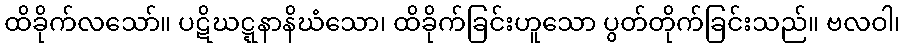
ထိခိုက်လသော်။ ပဋိဃဋ္ဋနာနိဃံသော၊ ထိခိုက်ခြင်းဟူသော ပွတ်တိုက်ခြင်းသည်။ ဗလဝါ၊